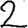
Digit: 2